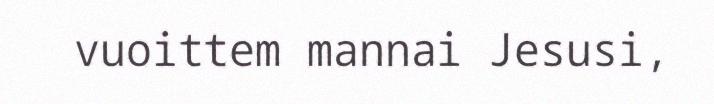
vuoittem mannai Jesusi,